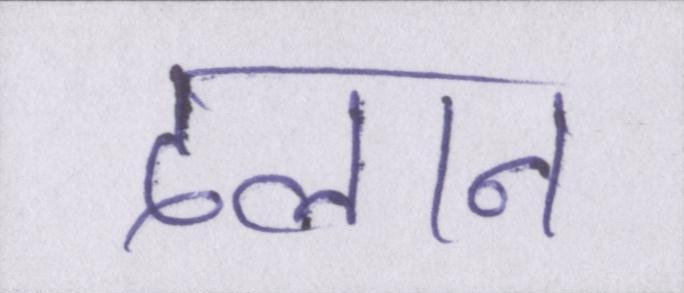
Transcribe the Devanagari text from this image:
दलान